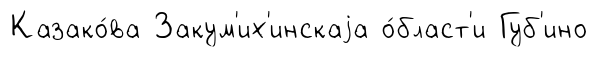
Казако́ва Закум'их'инскаjа о́бласт'и Губ'ино